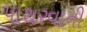
પાથરવાની